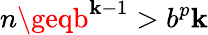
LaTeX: n\geqb^{\mathbf{k}-1}>b^{p}\mathbf{k}